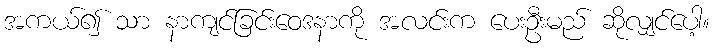
အကယ်၍ သာ နာကျင်ခြင်းဝေဒနာကို အလင်းက ပေးဦးမည် ဆိုလျှင်ပေါ့။